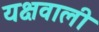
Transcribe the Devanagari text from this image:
यक्षवाली